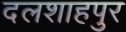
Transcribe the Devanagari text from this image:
दलशाहपुर